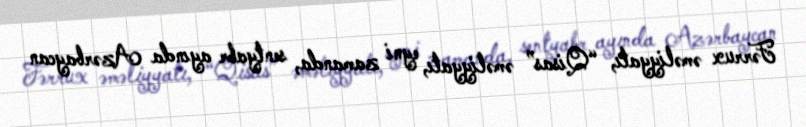
Fərrux əməliyyatı, “Qisas” əməliyyatı, eyni zamanda, sentyabr ayında Azərbaycan